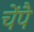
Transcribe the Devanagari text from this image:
चेंपै